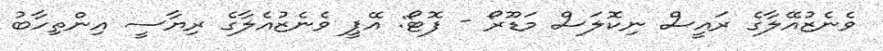
ވެނެޒުއޭލާގެ ރައީސް ނިކޮލަސް މަޑޫރޯ - ފޮޓޯ: އޭޕީ ވެނެޒުއެލާގެ ރިޔާސީ އިންތިހާބު